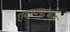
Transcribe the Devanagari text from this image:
एक्स्क्यूटेबल